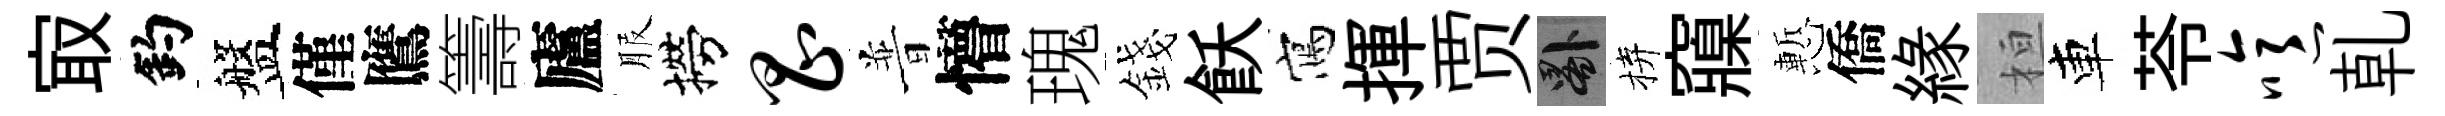
㝡釣盤僅鷹籌廬服撈昌普懵瑰錢飫寫揮贾晷拚䆿慙僑緣桓車苓噫乹